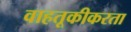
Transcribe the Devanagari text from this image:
वाहतूकीकरता